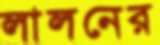
লালনের